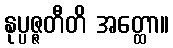
နုပ္ပဇ္ဇတီတိ အတ္ထော။